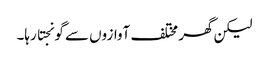
لیکن گھر مختلف آوازوں سے گونجتا رہا۔